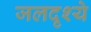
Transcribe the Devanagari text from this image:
जलदृश्ये